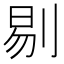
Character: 剔